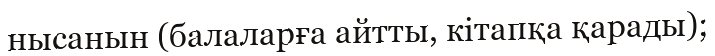
нысанын (балаларға айтты, кітапқа қарады);